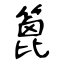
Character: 篦